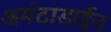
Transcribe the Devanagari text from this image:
अमंटाडाईन